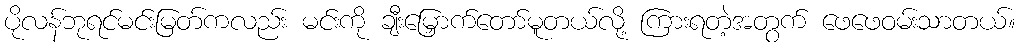
ပိုလန်ဘုရင်မင်းမြတ်ကလည်း မင်းကို ချီးမြှောက်တော်မူတယ်လို့ ကြားရတဲ့အတွက် ဖေဖေဝမ်းသာတယ်။